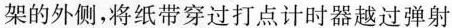
架的外侧，将纸带穿过打点计时器越过弹射